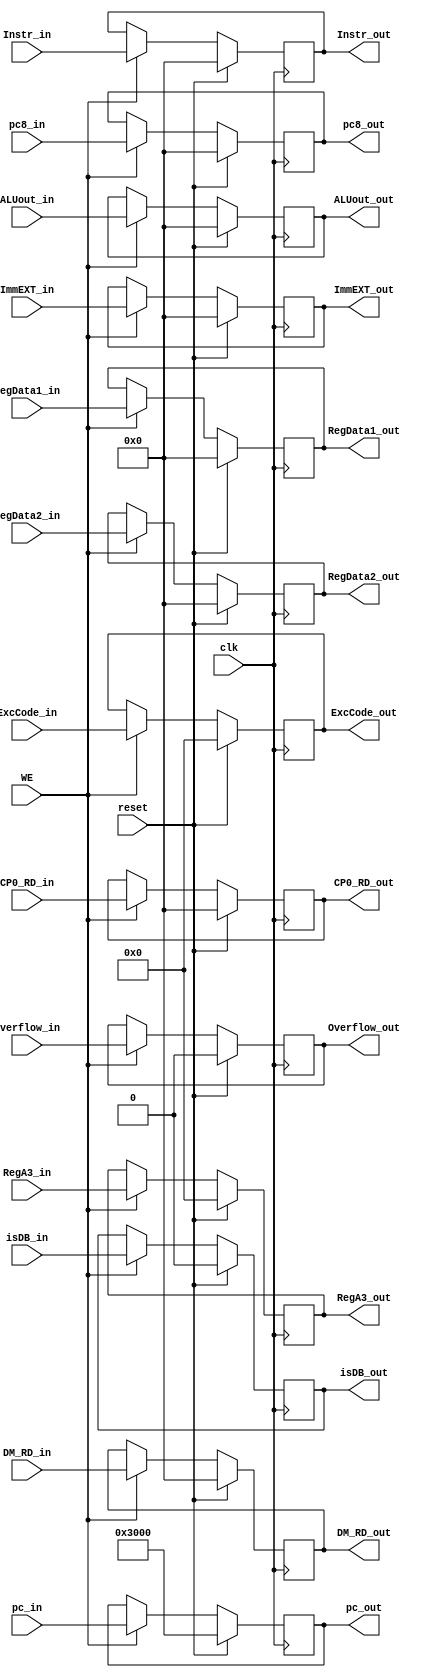
module pipe(
    input clk,
    input reset,
    input WE,
    input isDB_in, Overflow_in,
    input [31:0] Instr_in, pc_in, pc8_in, RegData1_in, RegData2_in, ImmEXT_in, ALUout_in, DM_RD_in, CP0_RD_in,
    input [4:0] RegA3_in, ExcCode_in,
    output reg isDB_out, Overflow_out,
    output reg [31:0] Instr_out, pc_out, pc8_out, RegData1_out, RegData2_out, ImmEXT_out, ALUout_out, DM_RD_out, CP0_RD_out,
    output reg [4:0] RegA3_out, ExcCode_out
);

    initial begin
        Instr_out = 0;
        pc_out = 32'h0000_3000;
        pc8_out = 0;
        RegA3_out = 0;
        RegData1_out = 0;
        RegData2_out = 0;
        ImmEXT_out = 0;
        ALUout_out = 0;
        RegData2_out = 0;
        DM_RD_out = 0;
        CP0_RD_out = 0;
        isDB_out = 0;
        ExcCode_out = 0;
        Overflow_out = 0;
    end

    always @(posedge clk) begin
        if(reset) begin
            Instr_out <= 0;
            pc_out <= 32'h0000_3000;
            pc8_out <= 0;
            RegA3_out <= 0;
            RegData1_out <= 0;
            RegData2_out <= 0;
            ImmEXT_out <= 0;
            ALUout_out <= 0;
            DM_RD_out <= 0;
            CP0_RD_out <= 0;
            isDB_out <= 0;
            ExcCode_out <= 0;
            Overflow_out <= 0;
        end
        else if(WE) begin
            Instr_out <= Instr_in;
            pc_out <= pc_in;
            pc8_out <= pc8_in;
            RegA3_out <= RegA3_in;
            RegData1_out <= RegData1_in;
            RegData2_out <= RegData2_in;
            ImmEXT_out <= ImmEXT_in;
            ALUout_out <= ALUout_in;
            DM_RD_out <= DM_RD_in;
            CP0_RD_out <= CP0_RD_in;
            isDB_out <= isDB_in;
            ExcCode_out <= ExcCode_in;
            Overflow_out <= Overflow_in;
        end
    end 

endmodule // pipe